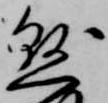
懸